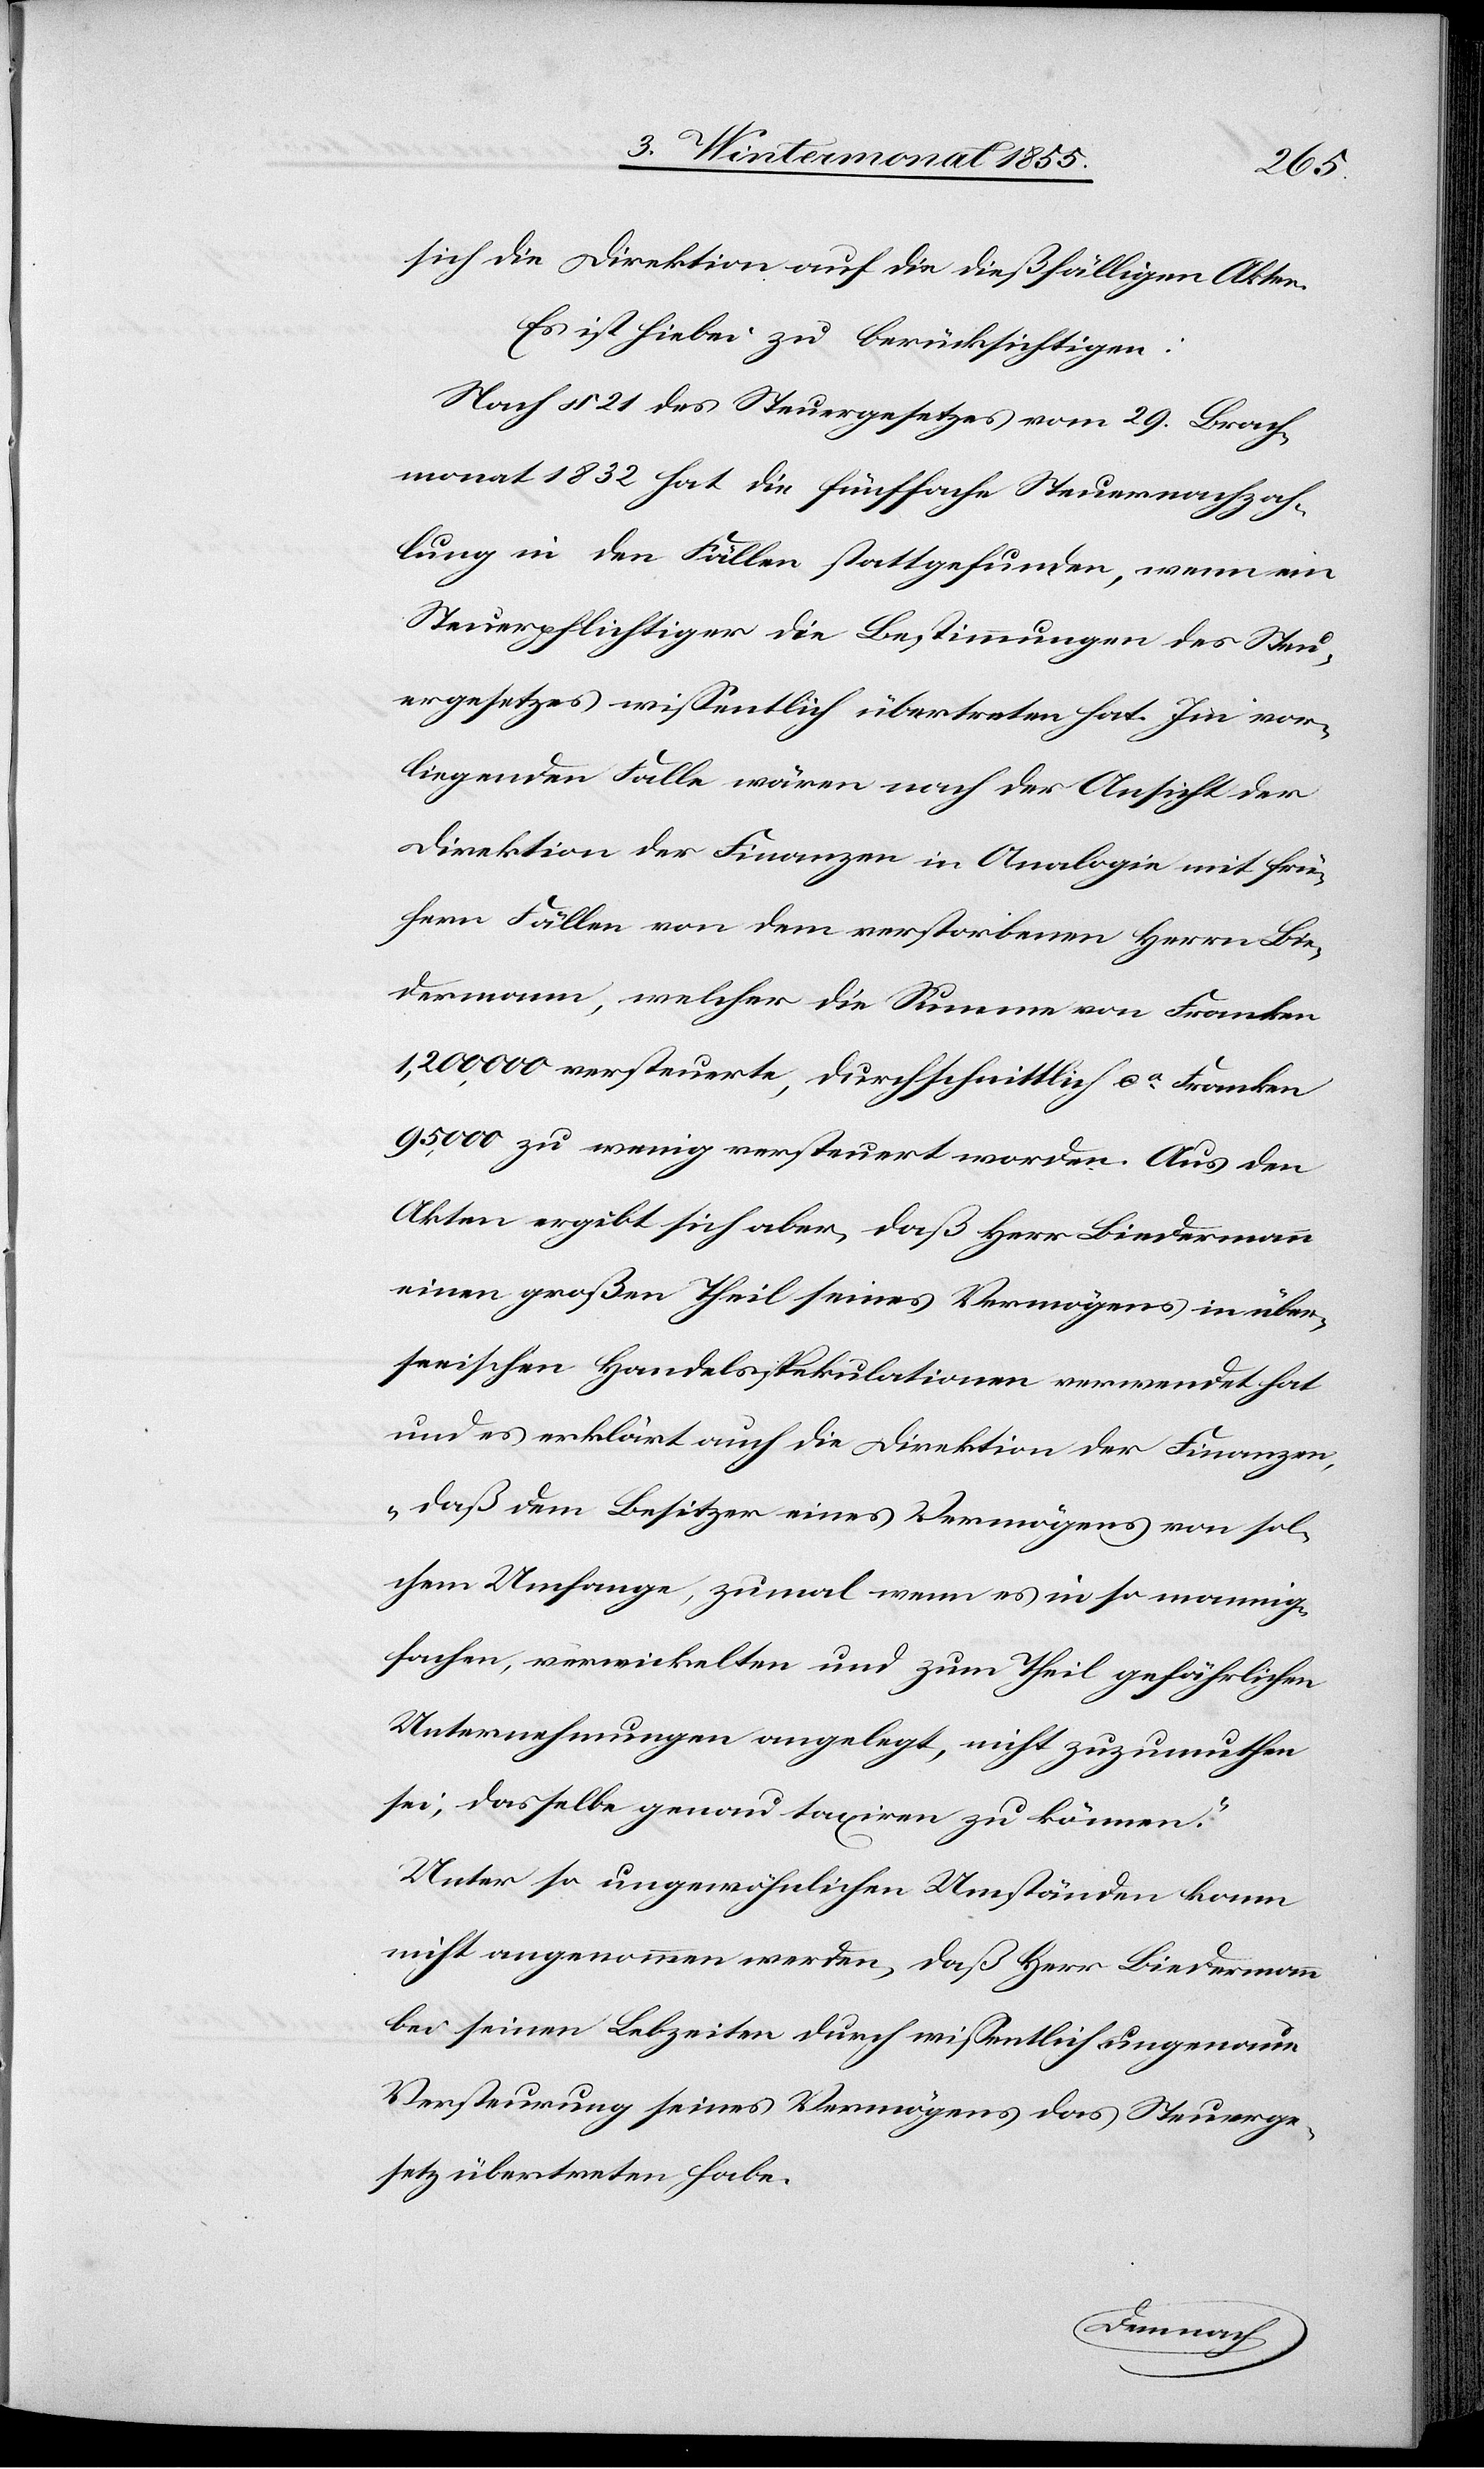
sich die Direktion auf die dießfälligen Akten.
Es ist hiebei zu berücksichtigen:
Nach § 21 des Steuergesetzes vom 29. Brach¬
monat 1832 hat die fünffache Steuernachzah¬
lung in den Fällen stattgefunden, wenn ein
Steuerpflichtiger die Bestimmungen des Steu¬
ergesetzes wissentlich übertreten hat. Im vor¬
liegenden Falle wären nach der Ansicht der
Direktion der Finanzen in Analogie mit frü¬
hern Fällen von dem verstorbenen Herrn Bie¬
dermann, welcher die Summe von Franken
1,200,000 versteuerte, durchschnittlich ca. Franken
95,000 zu wenig versteuert worden. Aus den
Akten ergibt sich aber, daß Herr Biedermann
einen großen Theil seines Vermögens in über¬
seeischen Handelsspekulationen verwendet hat
und es erklärt auch die Direktion der Finanzen,
„daß dem Besitzer eines Vermögens von sol¬
chem Umfange, zumal wenn es in so mannig¬
fachen, verwickelten und zum Theil gefährlichen
Unternehmungen angelegt, nicht zuzumuthen
sei, dasselbe genau taxiren zu können.“
Unter so ungewöhnlichen Umständen kann
nicht angenommen werden, daß Herr Biedermann
bei seinen Lebzeiten durch wissentlich ungenaue
Versteurung seines Vermögens das Steuerge¬
setz übertreten habe.